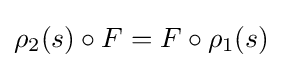
\rho _{2}(s)\circ F=F\circ \rho _{1}(s)